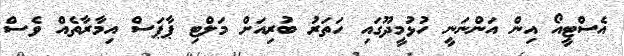
އެސްޓީއޯ އިން އަންނަނީ ހުޅުމީދޫގައި ހަތަރު ބުރިއަށް މަލްޓި ޕާޕަސް އިމާރާތެއް ވެސް